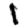
Digit: 1